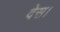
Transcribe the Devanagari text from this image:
देस।